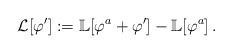
\begin{align*}\mathcal L[\varphi^\prime]:=\mathbb L[\varphi^a+\varphi^\prime]-\mathbb L [\varphi^a]\,.\end{align*}